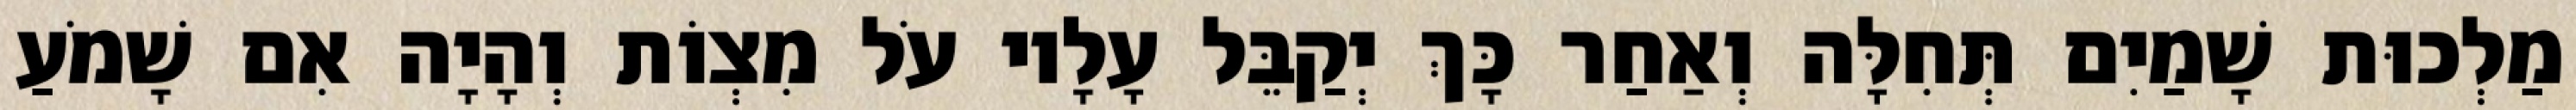
מַלְכוּת שָׁמַיִם תְּחִלָּה וְאַחַר כָּךְ יְקַבֵּל עָלָיו עֹל מִצְוֹת וְהָיָה אִם שָׁמֹעַ